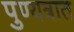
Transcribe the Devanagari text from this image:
पुण्यत्रात